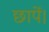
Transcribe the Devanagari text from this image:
छापें।